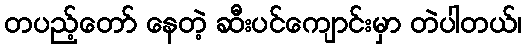
တပည့်တော် နေတဲ့ ဆီးပင်ကျောင်းမှာ တဲပါတယ်၊